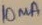
Text: 10mA